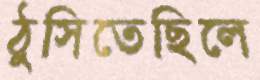
ঠুসিতেছিলে